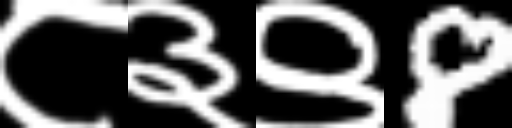
Text: ८३९8